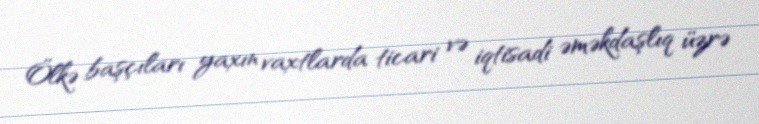
Ölkə başçıları yaxın vaxtlarda ticari və iqtisadi əməkdaşlıq üzrə